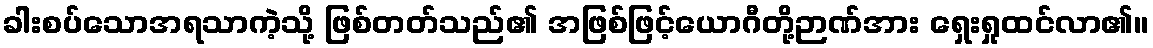
ခါးစပ်သောအရသာကဲ့သို့ ဖြစ်တတ်သည်၏ အဖြစ်ဖြင့်ယောဂီတို့ဉာဏ်အား ရှေးရှုထင်လာ၏။